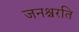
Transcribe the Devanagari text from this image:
जनश्चरति